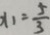
x _ { 1 } = \frac { 5 } { 3 }